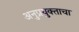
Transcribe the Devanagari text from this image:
अनुप्रयुक्ताचा